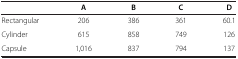
|  | A | B | C | D |
 | --- | --- | --- | --- | --- |
 | Rectangular | 206 | 386 | 361 | 60.1 |
 | Cylinder | 615 | 858 | 749 | 126 |
 | Capsule | 1,016 | 837 | 794 | 137 |